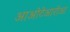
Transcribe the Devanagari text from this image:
आओटेआरोआ